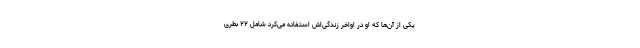
یکی از آن‌ها که او در اواخر زندگی‌اش استفاده می‌کرد شامل ۲۲ بطری